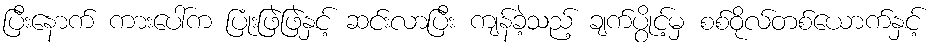
ပြီးနောက် ကားပေါ်က ပြုံးဖြဲဖြဲနှင့် ဆင်းလာပြီး ကျန်ခဲ့သည့် ချက်ပွိုင့်မှ စစ်ဝိုလ်တစ်ယောက်နှင့်